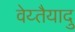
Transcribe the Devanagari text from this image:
वेय्तैयादु